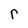
Character: r